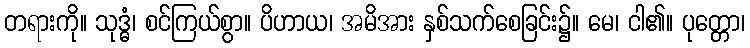
တရားကို။ သုဒ္ဓံ၊ စင်ကြယ်စွာ။ ပိဟာယ၊ အမိအား နှစ်သက်စေခြင်း၌။ မေ၊ ငါ၏။ ပုတ္တော၊